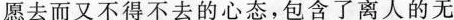
愿去而又不得不去的心态，包含了离人的无